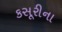
કસૂરીના